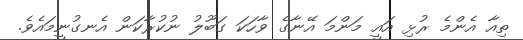
ތިއާ އެންމެ ރުޅި އައީ މަންމަ އޭނާގެ ވާހަކަ ގަބޫލު ނުކުރާކަން އެނގުނީމައެވެ.